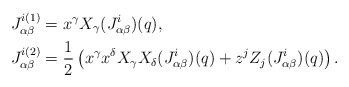
\begin{align*} J_{\alpha \beta}^{i(1)}&=x^\gamma X_\gamma(J_{\alpha\beta}^{i})(q), \\ J_{\alpha \beta}^{i(2)}&=\frac{1}{2}\left(x^\gamma x^\delta X_\gamma X_\delta(J_{\alpha\beta}^{i})(q)+z^j Z_j(J_{\alpha\beta}^{i})(q)\right). \end{align*}